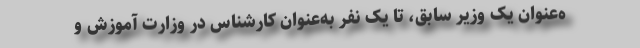
ه‌عنوان یک وزیر سابق، تا یک نفر به‌عنوان کارشناس در وزارت آموزش و